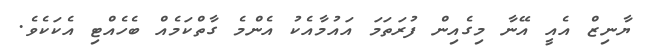
ޔާނިޒް އެއީ އޭނާ މިގެއިން ފުރަތަމަ އައުމާއެކު އެންމެ ގާތްކަމެއް ބެހެއްޓި އެކަކެވެ.